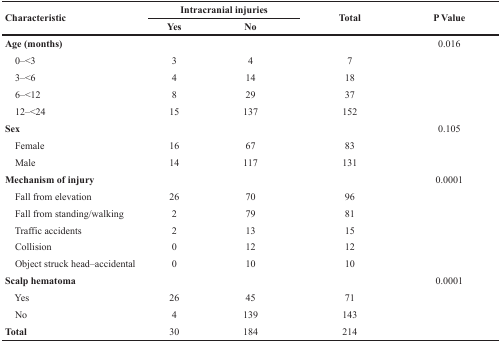
<table><thead><tr><td rowspan="2"><b>Characteristic</b></td><td colspan="2"><b>Intracranial injuries</b></td><td rowspan="2"><b>Total</b></td><td rowspan="2"><b>P Value</b></td></tr><tr><td><b>Yes</b></td><td><b>No</b></td></tr></thead><tbody><tr><td><b>Age (months)</b></td><td></td><td></td><td></td><td>0.016</td></tr><tr><td> 0–&lt;3</td><td>3</td><td>4</td><td>7</td><td></td></tr><tr><td> 3–&lt;6</td><td>4</td><td>14</td><td>18</td><td></td></tr><tr><td> 6–&lt;12</td><td>8</td><td>29</td><td>37</td><td></td></tr><tr><td> 12–&lt;24</td><td>15</td><td>137</td><td>152</td><td></td></tr><tr><td><b>Sex</b></td><td></td><td></td><td></td><td>0.105</td></tr><tr><td> Female</td><td>16</td><td>67</td><td>83</td><td></td></tr><tr><td> Male</td><td>14</td><td>117</td><td>131</td><td></td></tr><tr><td><b>Mechanism of injury</b></td><td></td><td></td><td></td><td>0.0001</td></tr><tr><td> Fall from elevation</td><td>26</td><td>70</td><td>96</td><td></td></tr><tr><td> Fall from standing/walking</td><td>2</td><td>79</td><td>81</td><td></td></tr><tr><td> Traffic accidents</td><td>2</td><td>13</td><td>15</td><td></td></tr><tr><td> Collision</td><td>0</td><td>12</td><td>12</td><td></td></tr><tr><td> Object struck head–accidental</td><td>0</td><td>10</td><td>10</td><td></td></tr><tr><td><b>Scalp hematoma</b></td><td></td><td></td><td></td><td>0.0001</td></tr><tr><td> Yes</td><td>26</td><td>45</td><td>71</td><td></td></tr><tr><td> No</td><td>4</td><td>139</td><td>143</td><td></td></tr><tr><td><b>Total</b></td><td>30</td><td>184</td><td>214</td><td></td></tr></tbody></table>